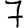
Digit: 7